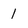
Character: 1